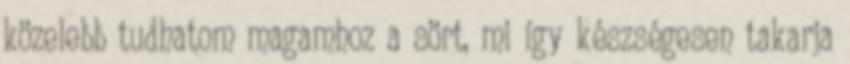
közelebb tudhatom magamhoz a sört, mi így készségesen takarja